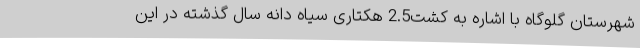
شهرستان گلوگاه با اشاره به کشت2.5 هکتاری سیاه دانه سال گذشته در این